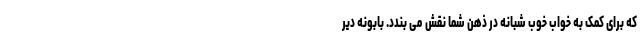
که برای کمک به خواب خوب شبانه در ذهن شما نقش می بندد. بابونه دیر